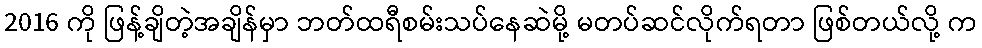
2016 ကို ဖြန့်ချိတဲ့အချိန်မှာ ဘတ်ထရီစမ်းသပ်နေဆဲမို့ မတပ်ဆင်လိုက်ရတာ ဖြစ်တယ်လို့ က